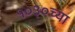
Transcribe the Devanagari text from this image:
१०३०च्या